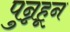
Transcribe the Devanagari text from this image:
पुन्नहून